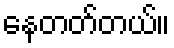
နေတတ်တယ်။